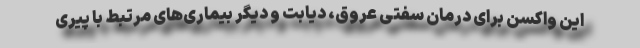
این واکسن برای درمان سفتی عروق، دیابت و دیگر بیماری‌های مرتبط با پیری